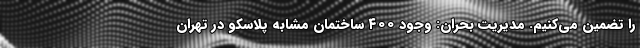
را تضمین می‌کنیم. مدیریت بحران: وجود ۴۰۰ ساختمان مشابه پلاسکو در تهران